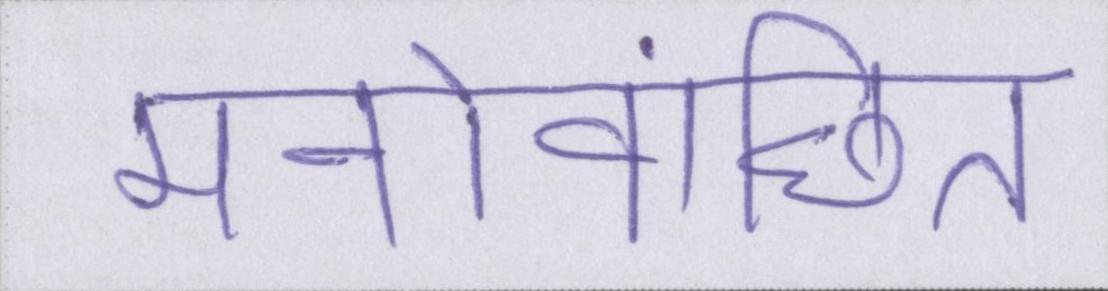
मनोवांछित